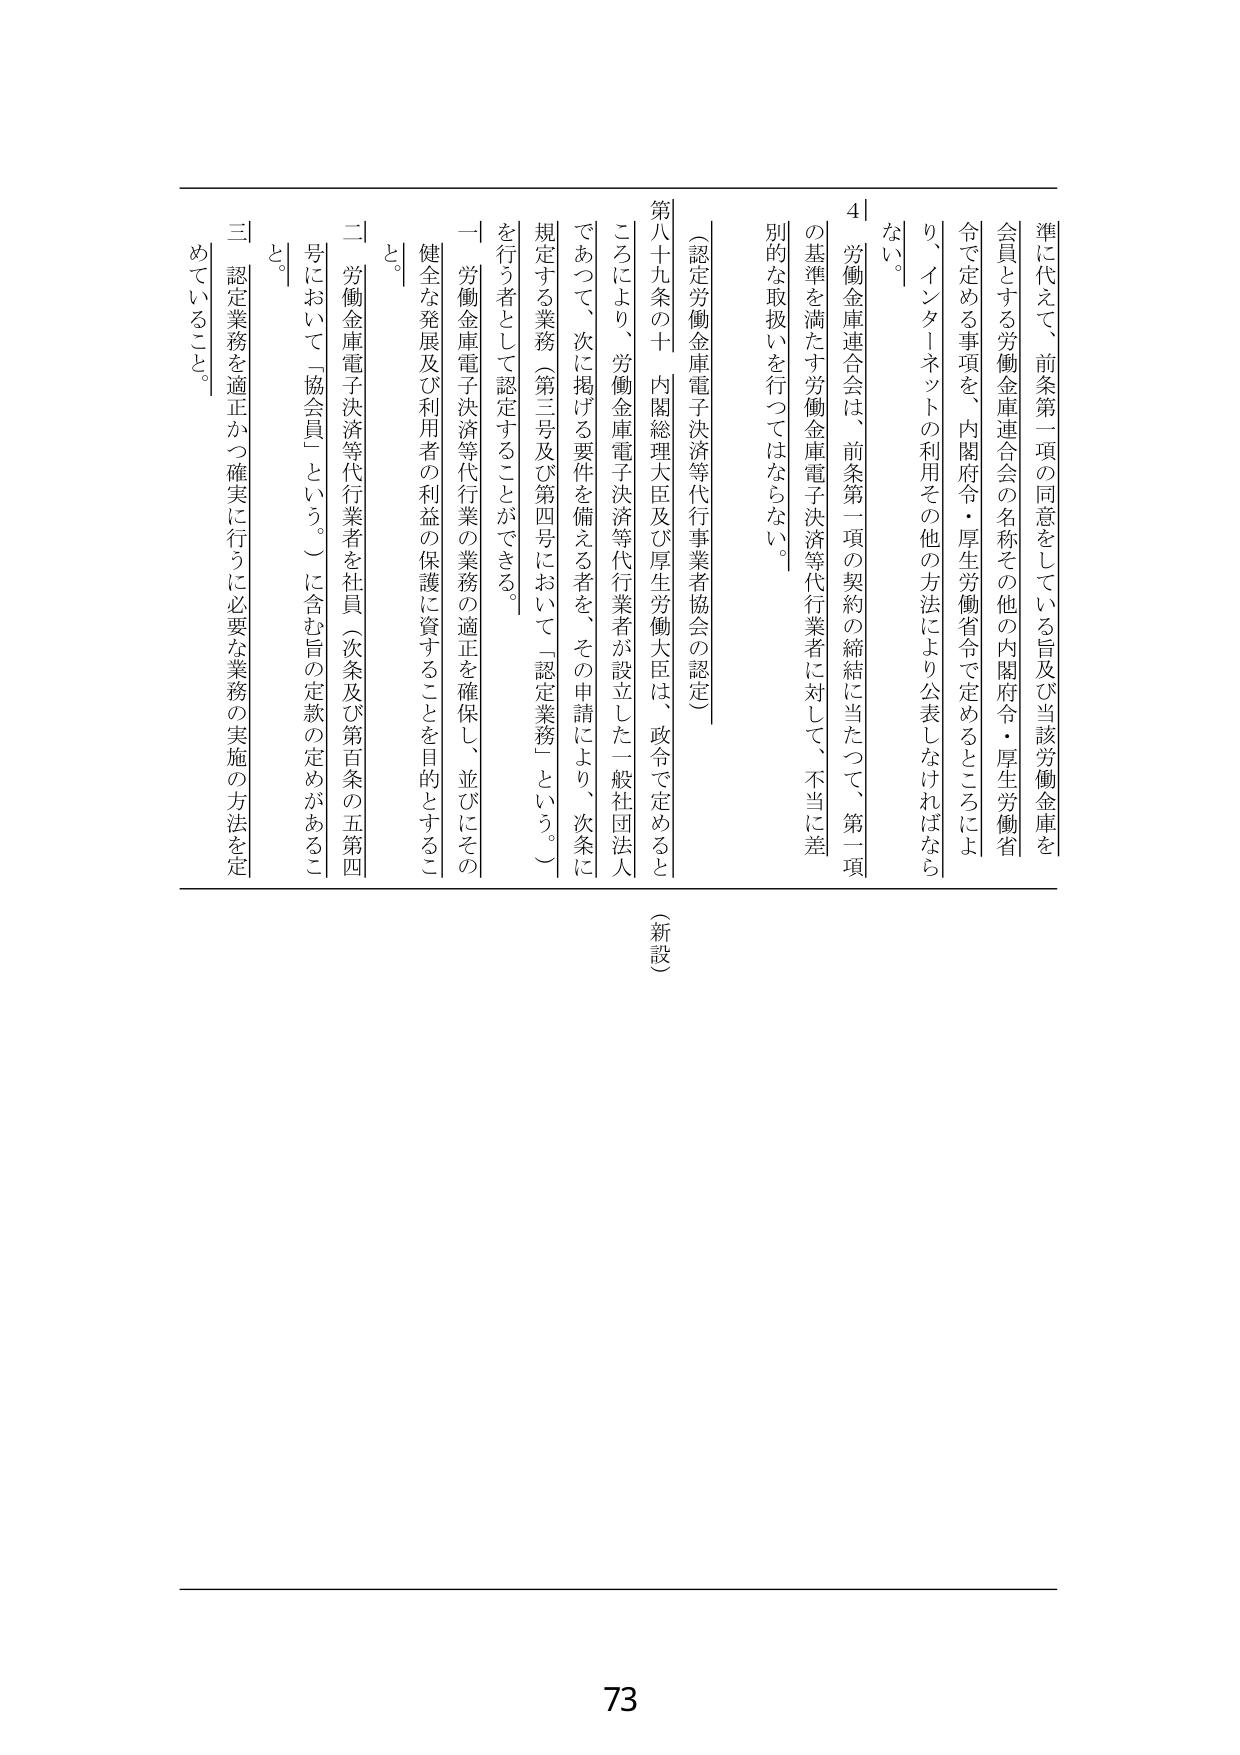
準に代えて、前条第一項の同意をしている旨及び当該労働金庫を
会員とする労働金庫連合会の名称その他の内閣府令・厚生労働省
令で定める事項を、内閣府令・厚生労働省令で定めるところによ
り、インターネットの利用その他の方法により公表しなければなら
ない。

４ 労働金庫連合会は、前条第一項の契約の締結に当たって、第一項
の基準を満たす労働金庫電子決済等代行業者に対して、不当に差
別的な取扱いを行ってはならない。

（認定労働金庫電子決済等代行業者協会の認定）

第八十九条の十 内閣総理大臣及び厚生労働大臣は、政令で定めると
ころにより、労働金庫電子決済等代行業者が設立した一般社団法人
であって、次に掲げる要件を備える者を、その申請により、次条に
規定する業務（第三号及び第四号において「認定業務」という。）
を行う者として認定することができる。

一 労働金庫電子決済等代行業の業務の適正を確保し、並びにその
健全な発展及び利用者の利益の保護に資することを目的とするこ
と。

二 労働金庫電子決済等代行業者を社員（次条及び第百条の五第四
号において「協会員」という。）に含む旨の定款の定めがあるこ
と。

三 認定業務を適正かつ確実に行うに必要な業務の実施の方法を定
めていること。

（新設）

73